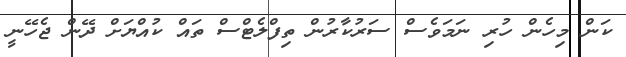
ކަން މިހެން ހުރި ނަމަވެސް ސަރުކާރުން ތިފްލެޓްސް ތައް ކުއްޔަށް ދޭން ޖެހޭނީ